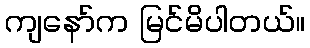
ကျနော်က မြင်မိပါတယ်။